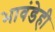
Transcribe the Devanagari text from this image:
भावंडेही